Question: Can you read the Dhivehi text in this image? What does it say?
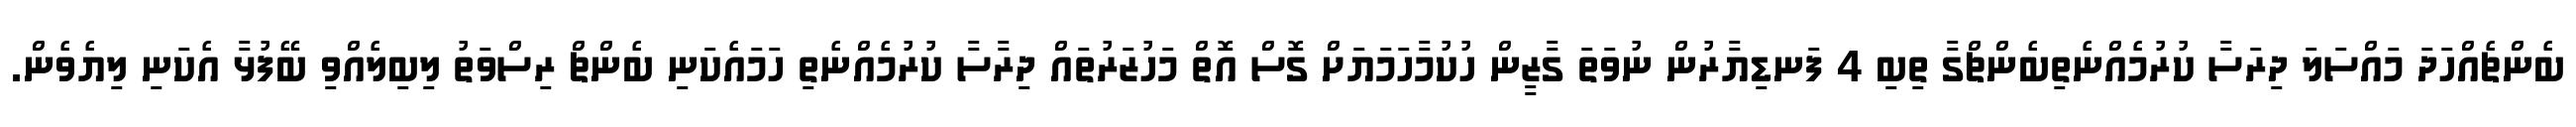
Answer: ބެންޗެއްހަދަ މައްސަލަ ދިރަސާ ކުރުމެއްނެތިބެންޗްގާ ތިބި 4 ފަނޑިޔާރުން ނުވަތަ ގާޒީން ހުކުމާހަމަޔަށް ގޮސް އޮތް މަހުޒަރުތައް ދިރާސާ ކުރުމެއްނެތި ހަމައެކަނި ބެންޗް ރިސްވަތު ލިބިލެއްވި ބޭފުޅާ އެކަނި ލިޔެވެން.